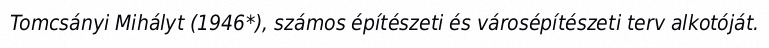
Tomcsányi Mihályt (1946*), számos építészeti és városépítészeti terv alkotóját.